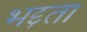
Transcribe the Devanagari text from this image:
भद्दता